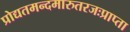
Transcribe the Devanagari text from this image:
प्रोद्यतमन्दमारुतरजःप्राप्ता